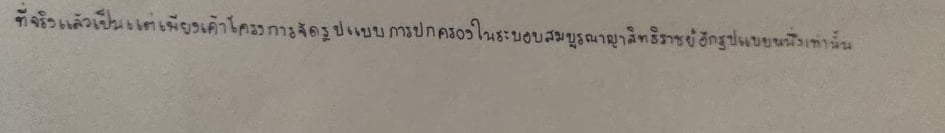
ที่จริงแล้วเป็นแต่เพียงเค้าโครงการจัดรูปแบบการปกครองในระบอบสมบูรณาญาสิทธิราชย์อีกรูปแบบหนึ่งเท่านั้น